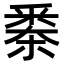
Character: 𣗷